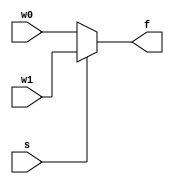
module mux21_4
	(
	input s,
	input wire [3:0] w0, w1,
	output wire [3:0] f
	);
	assign f=s? w1:w0;
endmodule

module mux41_4
	(
	input s0, s1,
	input wire [3:0] a0, a1, a2, a3,
	output wire [3:0] e
	);
	wire [3:0] e0, e1;
	
	mux21_4 mux21_4_u1(.s(s0), .w0(a0), .w1(a1), .f(e0));
	mux21_4 mux21_4_u2(.s(s0), .w0(a2), .w1(a3), .f(e1));
	mux21_4 mux21_4_u3(.s(s1), .w0(e0), .w1(e1), .f(e));
	//assign e=s1? e1:e0;
	
endmodule